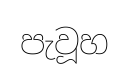
පැවූහ